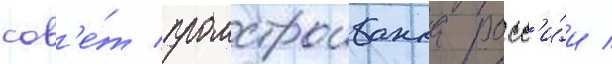
сов'е́т промстроибанка росс'и́и /